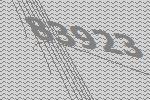
83923